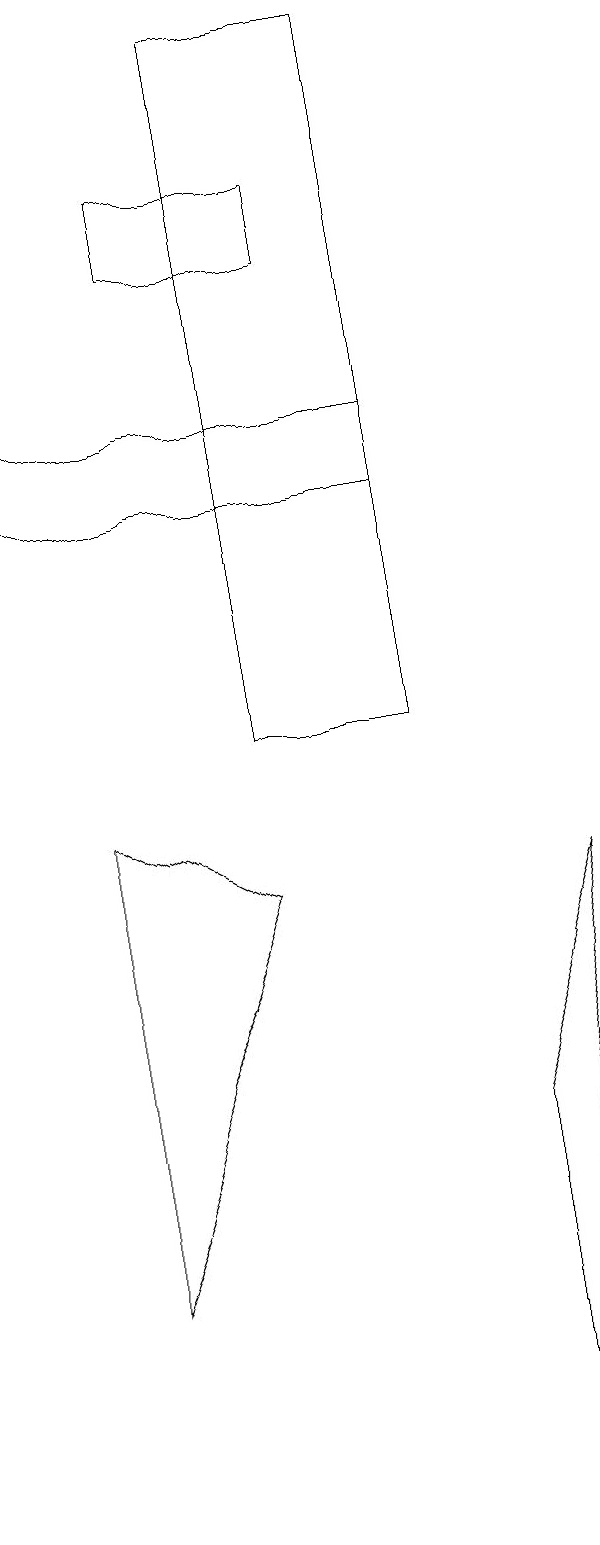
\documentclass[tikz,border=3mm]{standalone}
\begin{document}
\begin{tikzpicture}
\draw (4,10) rectangle (6,19);
\draw (2,3) -- (4,8) -- (2,9) -- cycle;
\draw (7,0) -- (8,8) -- (7,5) -- cycle;
\draw (3,16) rectangle (5,17);
\draw (1,13) rectangle (6,14);
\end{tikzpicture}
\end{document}